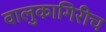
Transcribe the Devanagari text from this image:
वालुकागिरीच